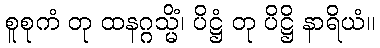
စူစုကံ တု ထနဂ္ဂသ္မိံ၊ ပိဋ္ဌံ တု ပိဋ္ဌိ နာရိယံ။